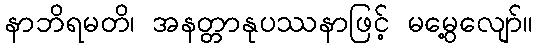
နာဘိရမတိ၊ အနတ္တာနုပဿနာဖြင့် မမွေ့လျော်။